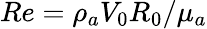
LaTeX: Re={\rho}_{a}V_{0}R_{0}/{\mu}_{a}